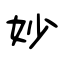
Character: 妙